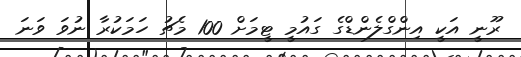
ރޫނީ އަކީ އިންގްލެންޑްގެ ގައުމީ ޓީމަށް 100 މެޗު ހަމަކުރާ ނުވަ ވަނަ